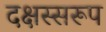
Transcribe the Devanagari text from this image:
दक्षस्सरूप